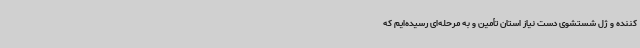
کننده و ژل شستشوی دست نیاز استان تأمین و به مرحله‌ای رسیده‌ایم که